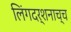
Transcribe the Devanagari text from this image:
लिंगदर्शनाच्च